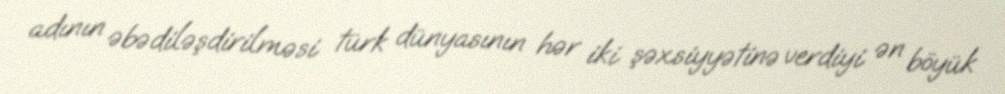
adının əbədiləşdirilməsi türk dünyasının hər iki şəxsiyyətinə verdiyi ən böyük